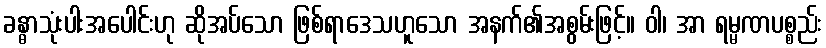
ခန္ဓာသုံးပါးအပေါင်းဟု ဆိုအပ်သော ဖြစ်ရာဒေသဟူသော အနက်၏အစွမ်းဖြင့်။ ဝါ၊ အာ ရမ္မဏပစ္စည်း